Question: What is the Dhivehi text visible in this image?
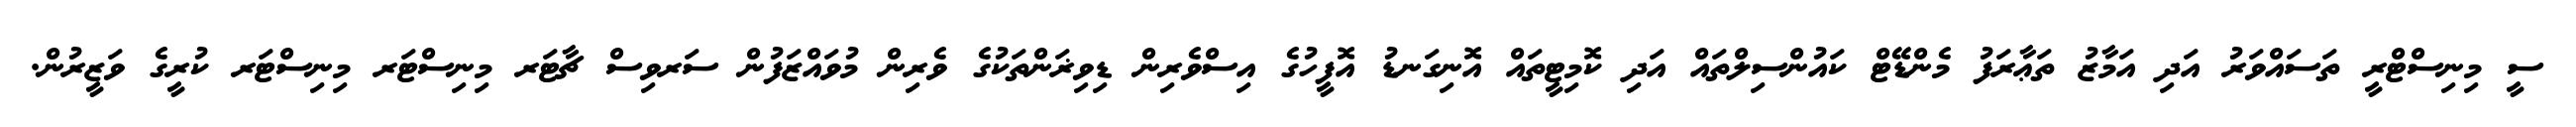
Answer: ސީ މިނިސްޓްރީ ތަސައްވަރު އަދި އަމާޒު ތަޢާރަފު މެންޑޭޓް ކައުންސިލްތައް އަދި ކޮމިޓީތައް އޮނިގަނޑު އޮފީހުގެ އިސްވެރިން ޑިވިޜަންތަކުގެ ވެރިން މުވައްޒަފުން ސަރވިސް ޗާޓަރ މިނިސްޓަރ މިނިސްޓަރ ކުރީގެ ވަޒީރުން.